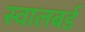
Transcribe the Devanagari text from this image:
स्वालबर्ड